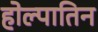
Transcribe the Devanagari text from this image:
होल्पातिन